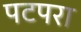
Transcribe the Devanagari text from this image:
पटपरा